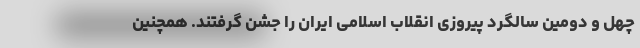
چهل و دومین سالگرد پیروزی انقلاب اسلامی ایران را جشن گرفتند. همچنین